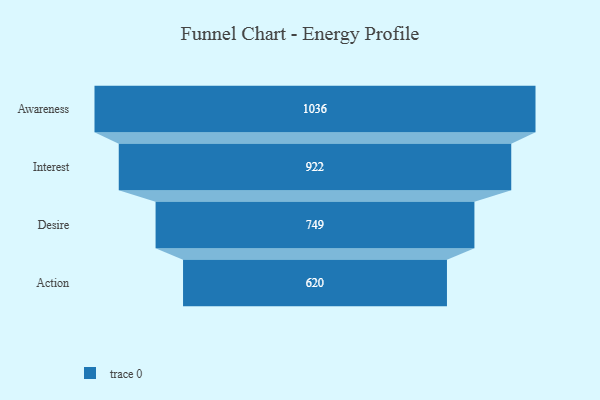
{"axis": {"x": "Stage", "y": "Value"}, "legend": [""], "data": [{"x": "Awareness", "y": 1036.0, "type": ""}, {"x": "Interest", "y": 922.0, "type": ""}, {"x": "Desire", "y": 749.0, "type": ""}, {"x": "Action", "y": 620.0, "type": ""}]}